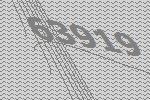
63919